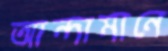
আন্দামানে